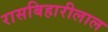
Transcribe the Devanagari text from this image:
रासबिहारीलाल